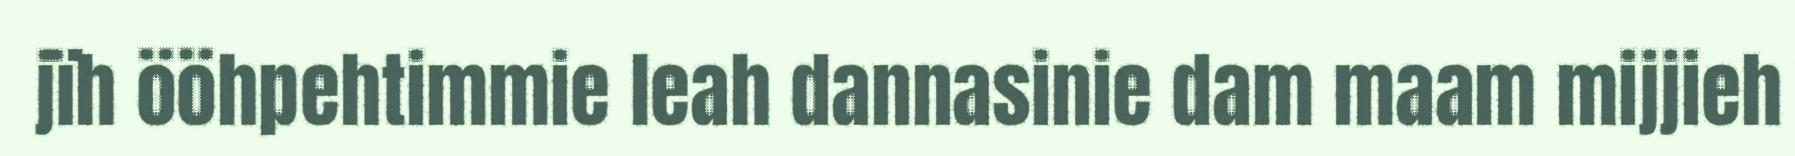
jïh ööhpehtimmie leah dannasinie dam maam mijjieh